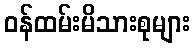
ဝန်ထမ်းမိသားစုများ